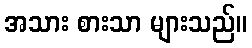
အသား စားသာ များသည်။